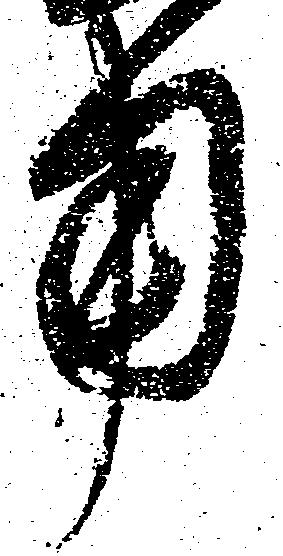
用